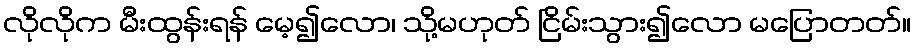
လိုလိုက မီးထွန်းရန် မေ့၍လော၊ သို့မဟုတ် ငြိမ်းသွား၍လော မပြောတတ်။